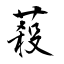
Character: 蔱